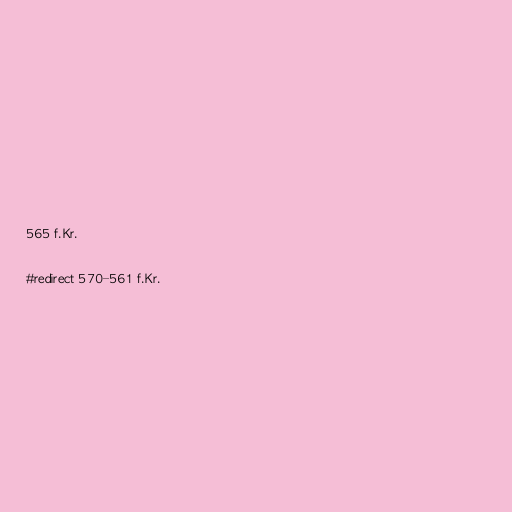
565 f.Kr.

#redirect 570–561 f.Kr.